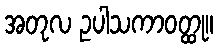
အတုလ ဥပါသကာဝတ္ထု။